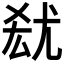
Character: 𡯮